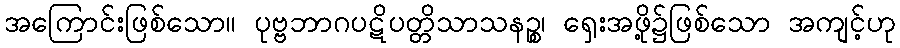
အကြောင်းဖြစ်သော။ ပုဗ္ဗဘာဂပဋိပတ္တိသာသနဉ္စ၊ ရှေးအဖို့၌ဖြစ်သော အကျင့်ဟု